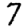
Digit: 7